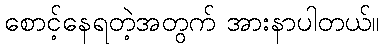
စောင့်နေရတဲ့အတွက် အားနာပါတယ်။